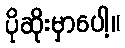
ပိုဆိုးမှာပေါ့။